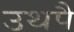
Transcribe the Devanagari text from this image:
उथपै